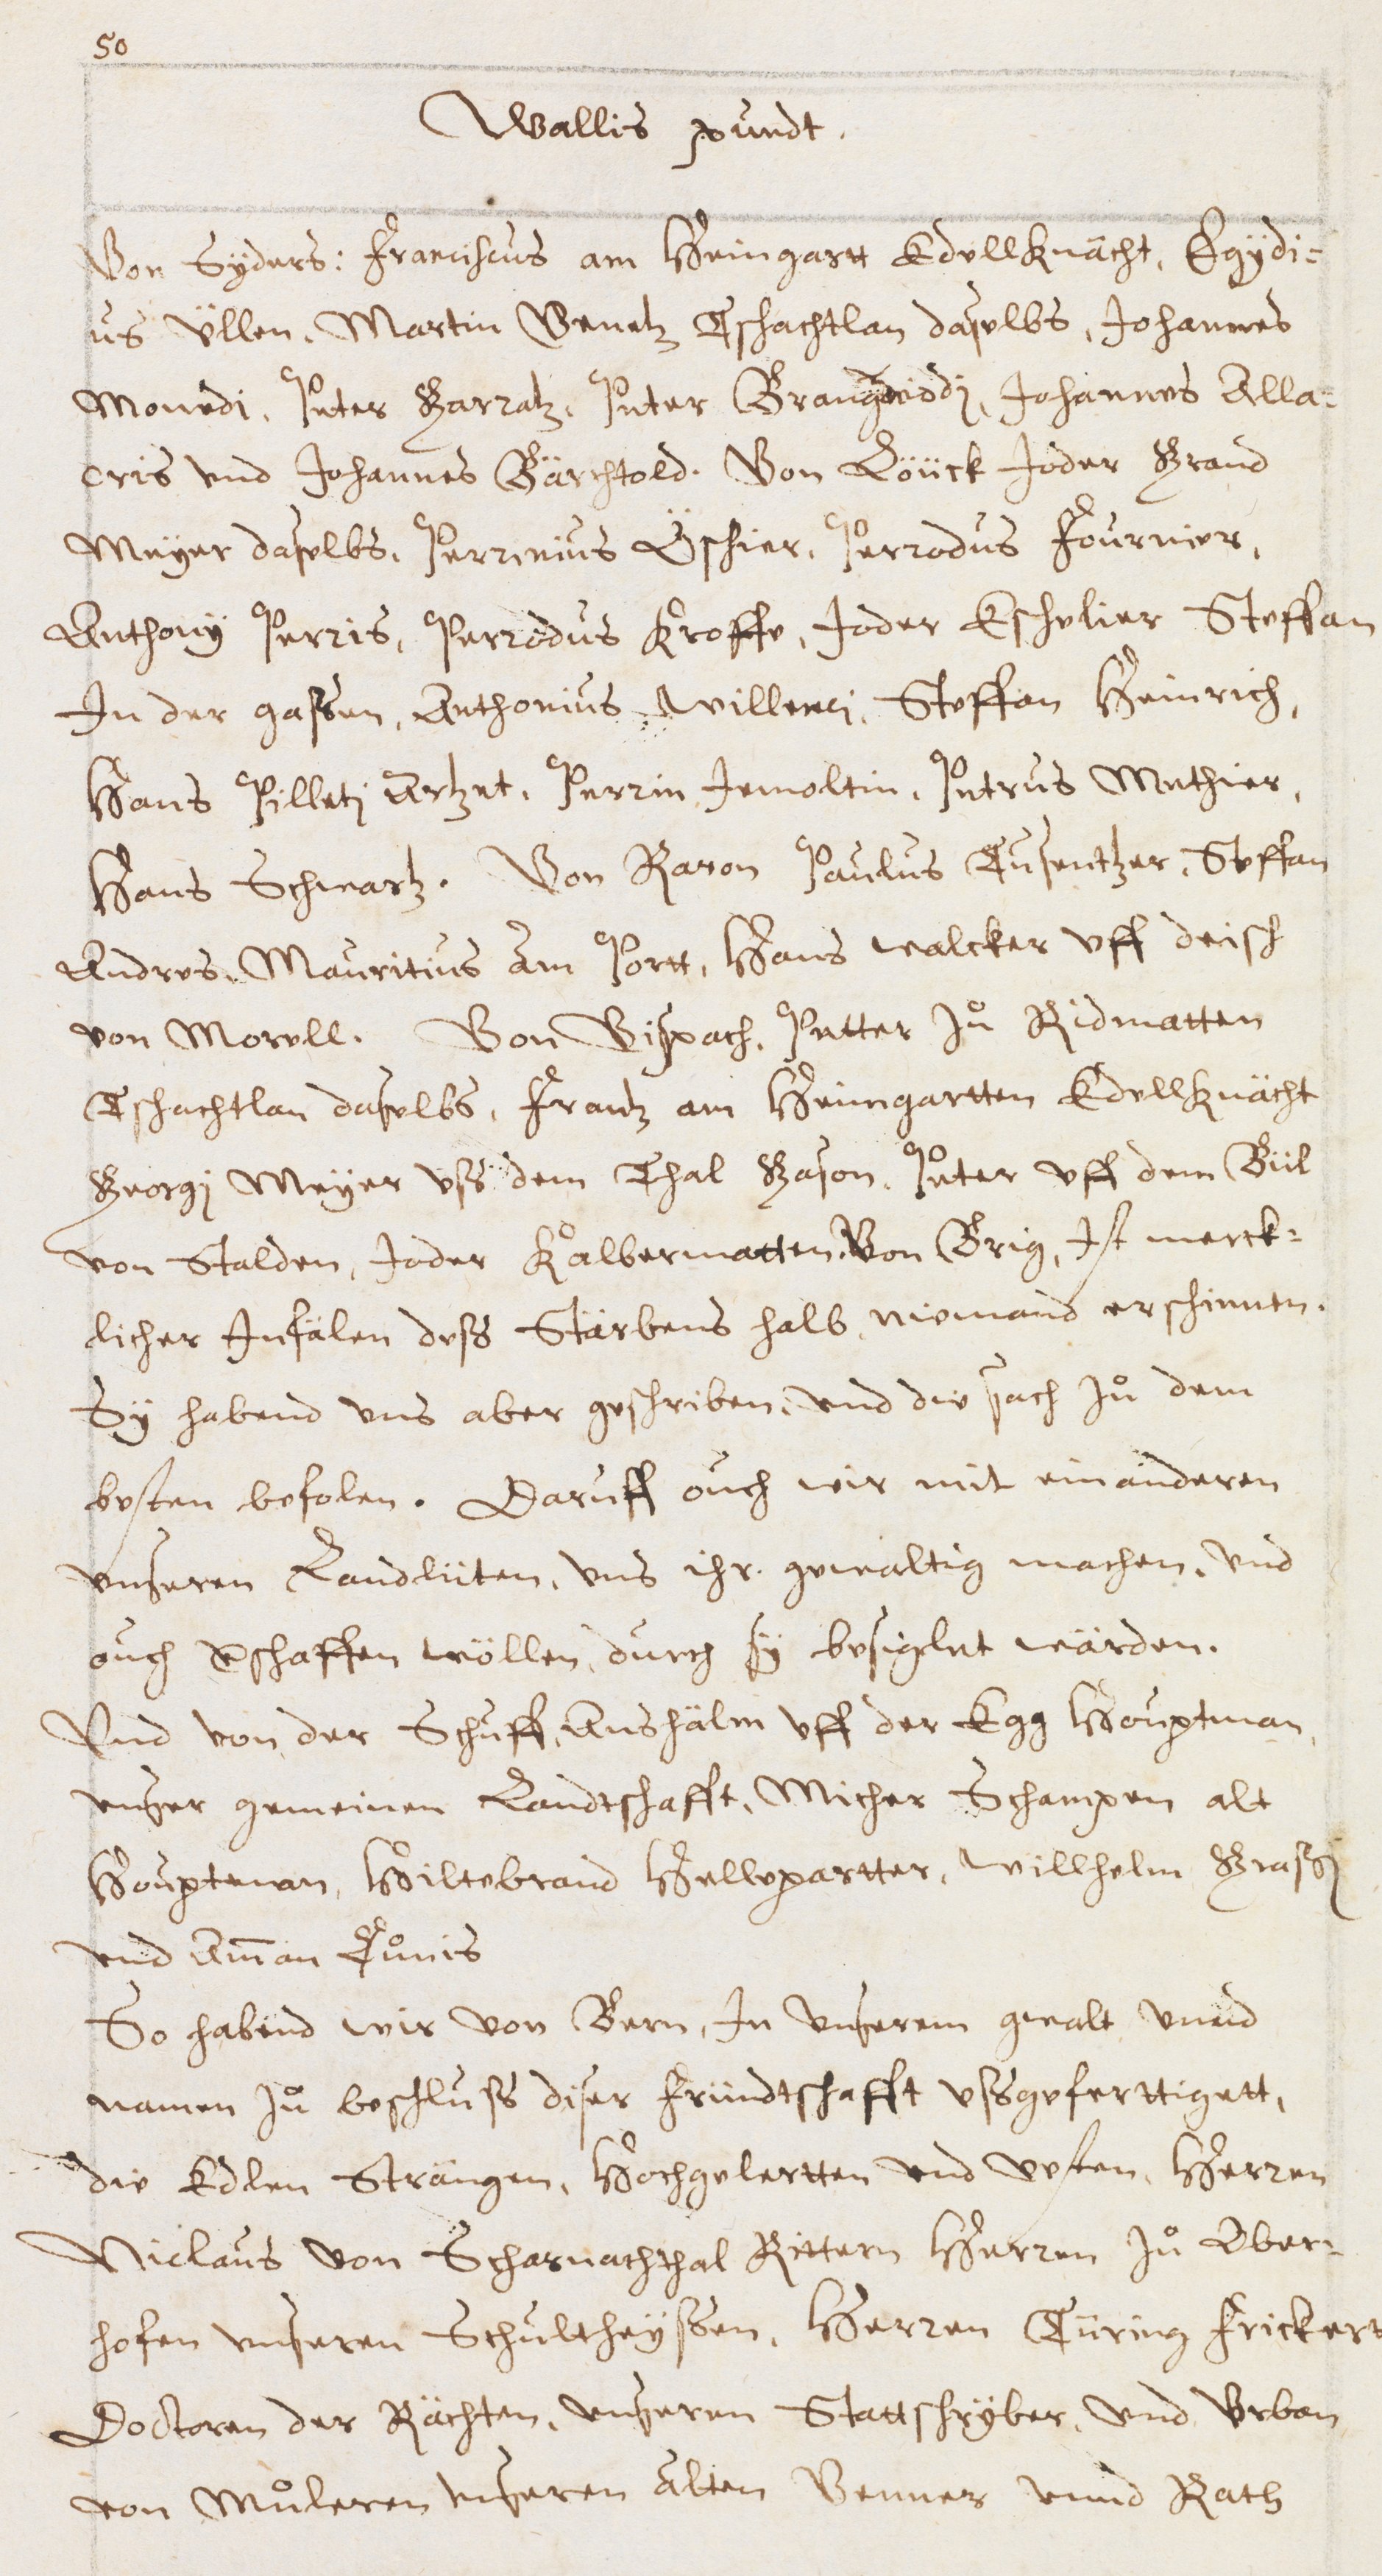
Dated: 1600–1699